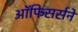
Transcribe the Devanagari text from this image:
ऑफिसर्सने